Report of the Indian Hemp Drugs Commission, 1894-1895 - Volume III
Year: 1894
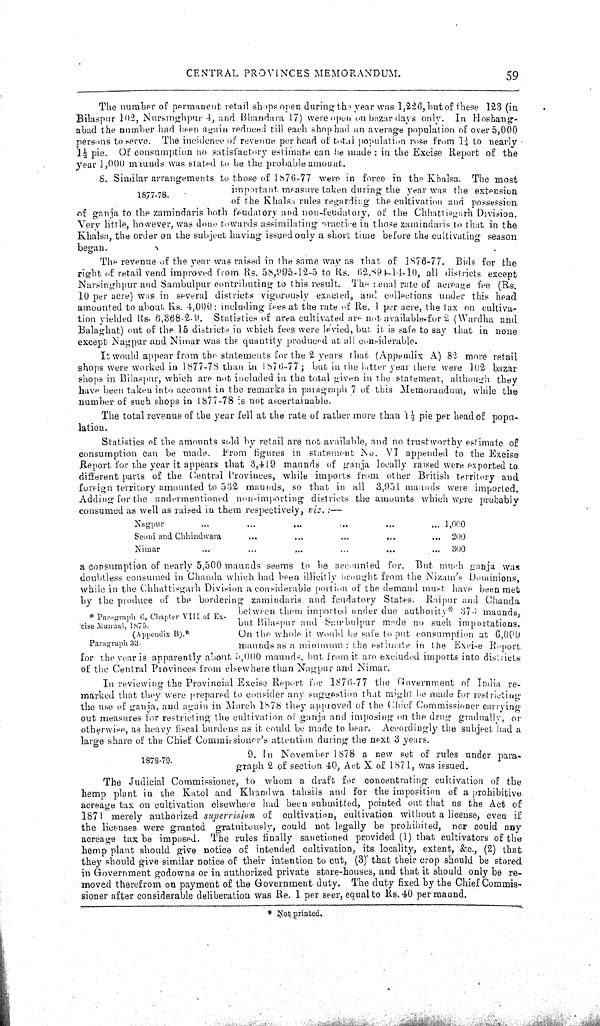
CENTRAL PROVINCES MEMORANDUM.
59
The number of permanent retail shops open during the year was 1,226, but of these 123 (in
Bilaspur 102, Nursinghpur 4, and Bhandara 17) were open on bazar days only. In Hoshang-
abad the number had been again reduced till each shop had an average population of over 5,000
persons to serve. The incidence of revenue per head of total population rose from 1¼ to nearly
1½ pie. Of consumption no satisfactory estimate can be made: in the Excise Report of the
year 1,000 maunds was stated to be the probable amount.
1877-78.
8. Similar arrangements to those of 1876-77 were in force in the Khalsa. The most
important measure taken during the year was the extension
of the Khalsa rules regarding the cultivation and possession
of ganja to the zamindaris both feudatory and non-feudatory, of the Chhattisgarh Division.
Very little, however, was done towards assimilating practice in those zamindaris to that in the
Khalsa, the order on the subject having issued only a short time before the cultivating season
began.
The revenue of the year was raised in the same way as that of 1876-77. Bids for the
right of retail vend improved from Rs. 58,995-12-5 to Rs. 62,894-14-10, all districts except
Narsinghpur and Sambulpur contributing to this result. The enal rate of acreage fee (Rs.
10 per acre) was in several districts vigorously exacted, and collections under this head
amounted to about. Rs. 4,000: including fees at the rate of Re. 1 per acre, the tax on cultiva-
tion yielded Rs. 6,368-2-9. Statistics of area cultivated are not available for 2 (Wardha and
Balaghat) out of the 15 districts in which fees were levied, but it is safe to say that in none
except Nagpur and Nimar was the quantity produced at all considerable.
It would appear from the statements for the 2 years that (Appendix A) 82 more retail
shops were worked in 1877-78 than in 1876-77; but in the latter year there were 102 bazar
shops in Bilaspur, which are not included in the total given in the statement, although they
have been taken into account in the remarks in paragraph 7 of this Memorandum, while the
number of such shops in 1877-78 is not ascertainable.
The total revenue of the year fell at the rate of rather more than 1½ pie per head of popu-
lation.
Statistics of the amounts sold by retail are not available, and no trustworthy estimate of
consumption can be made. From figures in statement No. VI appended to the Excise
Report for the year it appears that 3,419 maunds of ganja locally raised were exported to
different parts of the Central Provinces, while imports from other British territory and
foreign territory amounted to 532 maunds, so that in all 3,951 maunds were imported.
Adding for the undermentioned non-importing districts the amounts which were probably
consumed as well as raised in them respectively, viz.:—
Nagpur
1,000
Seoni and Chhindwara
200
Nimar
300
* Paragraph 6, Chapter VIII of Ex-
cise Manual, 1875.
(Appendix B).*
Paragraph 33.
a consumption of nearly 5,500 maunds seems to be accounted for. But much ganja was
doubtless consumed in Chanda which had been illicitly brought from the Nizam's Dominions,
while in the Chhattisgarh Division a considerable portion of the demand must have been met
by the produce of the bordering zamindaris and feudatory States. Raipur and Chanda
between them imported under due authority* 374 maunds,
but Bilaspur and Sambulpur made no such importations.
On the whole it would be safe to put consumption at 6,000
maunds as a minimum: the estimate in the Excise Report
for the year is apparently about 5,000 maunds, but from it are excluded imports into districts
of the Central Provinces from elsewhere than Nagpur and Nimar.
In reviewing the Provincial Excise Report for 1876-77 the Government of India re-
marked that they were prepared to consider any suggestion that might be made for restricting
the use of ganja, and again in March 1878 they approved of the Chief Commissioner carrying
out measures for restricting the cultivation of ganja and imposing on the drug gradually, or
otherwise, as heavy fiscal burdens as it could be made to bear. Accordingly the subject had a
large share of the Chief Commissioner's attention during the next 3 years.
1878-79.
9. In November 1878 a new set of rules under para-
graph 2 of section 40, Act X of 1871, was issued.
The Judicial Commissioner, to whom a draft for concentrating cultivation of the
hemp plant in the Katol and Khandwa tahsils and for the imposition of a prohibitive
acreage tax on cultivation elsewhere had been submitted, pointed out that as the Act of
1871 merely authorized supervision
of cultivation, cultivation without a license, even if
the licenses were granted gratuitously, could not legally be prohibited, nor could any
acreage tax be imposed. The rules finally sanctioned provided (1) that cultivators of the
hemp plant should give notice of intended cultivation, its locality, extent, &c., (2) that
they should give similar notice of their intention to cut, (3) that their crop should be stored
in Government godowns or in authorized private store-houses, and that it should only be re-
moved therefrom on payment of the Government duty. The duty fixed by the Chief Commis-
sioner after considerable deliberation was Re. 1 per seer, equal to Rs. 40 per maund.
* Not printed.